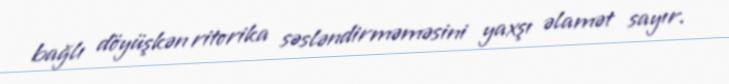
bağlı döyüşkən ritorika səsləndirməməsini yaxşı əlamət sayır.